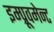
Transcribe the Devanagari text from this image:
इम्प्रूवमेन्ट